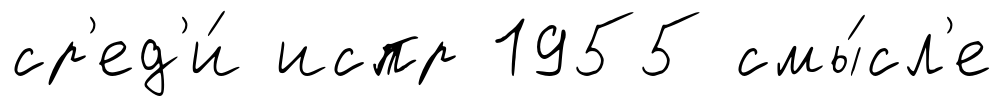
ср'ед'и́ испр 1955 смы́сл'е